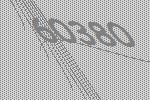
60380